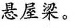
悬屋梁。